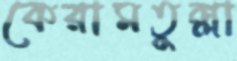
কেরামতুল্লা